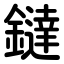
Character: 鐽